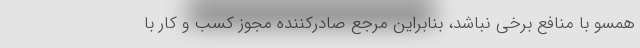
همسو با منافع برخی نباشد، بنابراین مرجع صادرکننده مجوز کسب و کار با